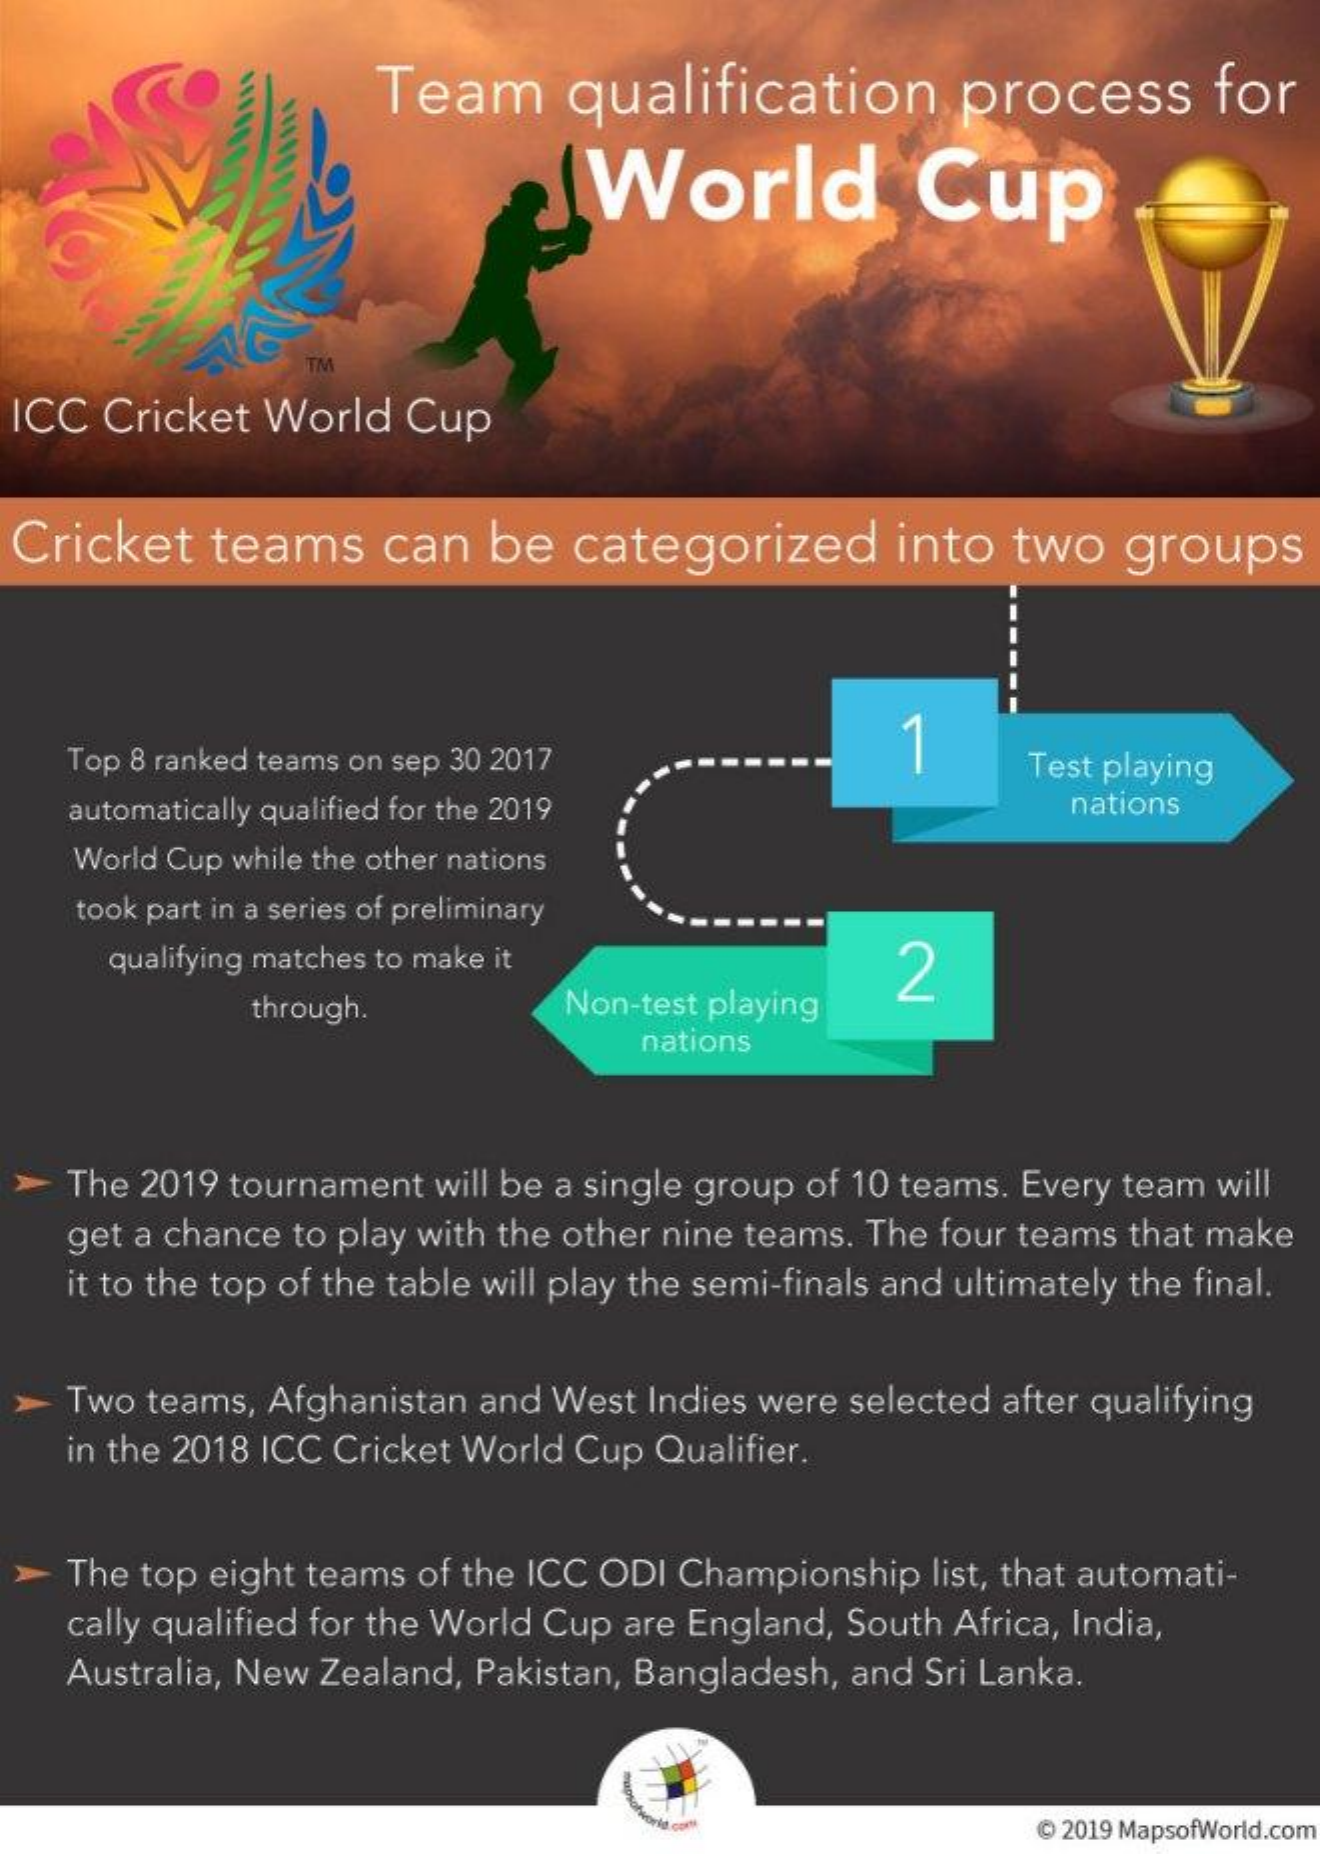
Team    qualification    process    for
     World    Cup
     TM
  ICC Cricket World  Cup
  Cricket  teams    can   be  categorized    into   two  groups
    Top 8 ranked teams on sep 30 2017    Test playing
    automatically qualified for the 2019    nations
    World Cup while the other nations
    took part in a series of preliminary
     qualifying matches to make it    2
     through.    Non-test playing
     nations
    The 2019 tournament will be a single group of 10 teams. Every team will
    get a chance to play with the other nine teams. The four teams that make
    it to the top of the table will play the semi-finals and ultimately the final.
    Two teams, Afghanistan and West Indies were selected after qualifying
    in the 2018 ICC Cricket World Cup Qualifier.
  > The top eight teams of the ICC ODI Championship list, that automati-
    cally qualified for the World Cup are England, South Africa, India,
    Australia, New Zealand, Pakistan, Bangladesh, and Sri Lanka.
     @ 2019 MapsofWorld.com